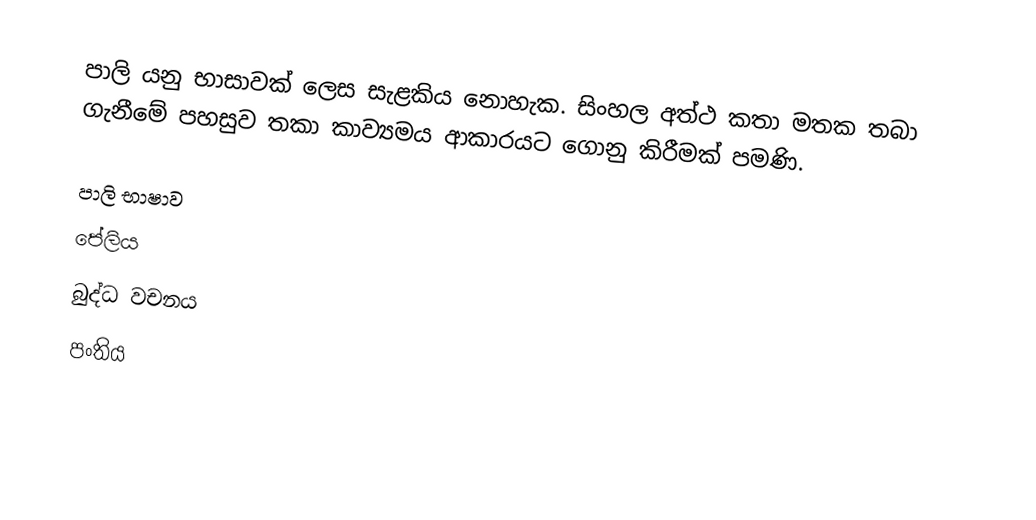
පාලි යනු භාසාවක් ලෙස සැළකිය නොහැක​. සිංහල අත්ථ කතා මතක තබා ගැනීමේ පහසුව තකා කාව්‍යමය ආකාරයට ගොනු කිරීමක් පමණි.

 පාලි භාෂාව
 පේලිය
 බුද්ධ වචනය
 පංතිය